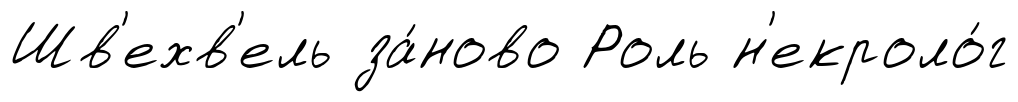
Шв'ехв'ель за́ново Роль н'екроло́г